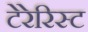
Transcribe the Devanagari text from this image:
टेरेरिस्ट